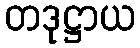
တဒုဋ္ဌာယ